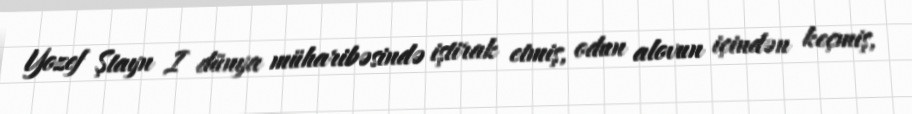
Yozef Ştayn I dünya müharibəsində iştirak etmiş, odun alovun içindən keçmiş,